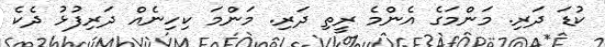
ކުޑަ ދަރި. މަންމަގެ އެންމެ ރީތި ދަރި. މަންމަ ކިހިނެއް ދަރިފުޅު ދެކެ